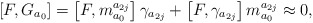
\begin{align*}\left[ F,G_{a_{0}}\right] =\left[ F,m_{a_{0}}^{a_{2j}}\right] \gamma_{a_{2j}}+\left[ F,\gamma _{a_{2j}}\right] m_{a_{0}}^{a_{2j}}\approx 0,\end{align*}